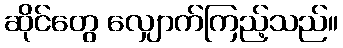
ဆိုင်တွေ လျှောက်ကြည့်သည်။